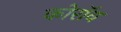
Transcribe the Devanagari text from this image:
कोरॉव